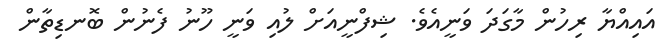
އައިއްޔާ ރިހުން މާގަދަ ވަނީއެވެ. ޝިފްނީއަށް ލުއި ވަނީ ހޫނު ފެނުން ބޮނޑިތާން